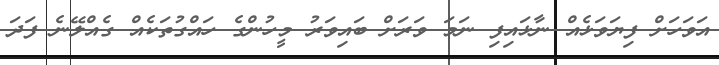
އަވަހަށް ފިޔަވަޅެއް ނާޅައިފި ނަމަ ވަރަށް ބައިވަރު މީހުންގެ ހައްގުތަކެއް ގެއްލޭނެ ފަދަ